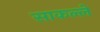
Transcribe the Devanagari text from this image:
साकल्ले